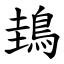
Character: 䳏